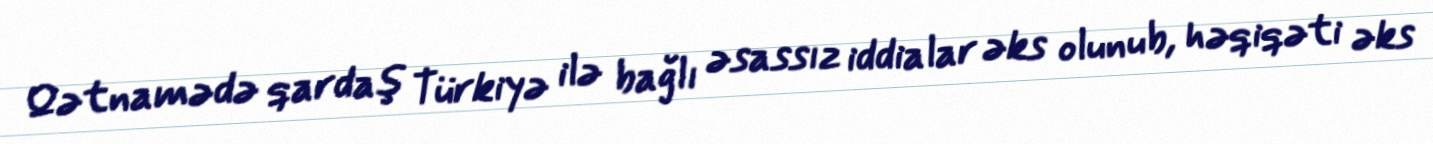
Qətnamədə qardaş Türkiyə ilə bağlı əsassız iddialar əks olunub, həqiqəti əks